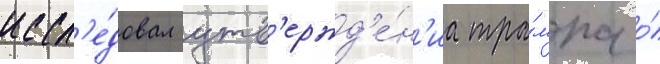
иссл'е́довал утв'ержд'е́н'иа тра́мпа о́